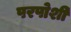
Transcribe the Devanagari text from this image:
परपोशी